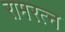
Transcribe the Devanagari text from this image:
रामरत्‍न